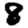
Digit: 8